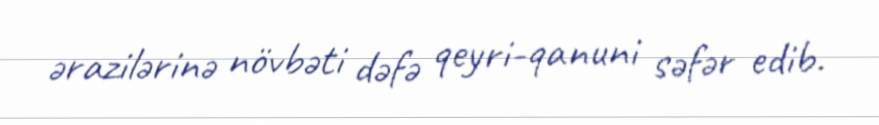
ərazilərinə növbəti dəfə qeyri-qanuni səfər edib.